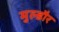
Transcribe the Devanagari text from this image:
मुल्डौर